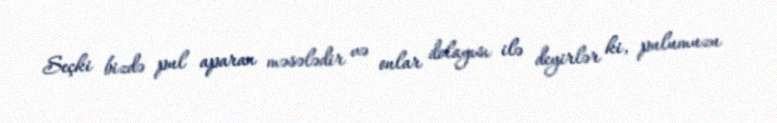
Seçki bizdə pul aparan məsələdir və onlar dolayısı ilə deyirlər ki, pulumuzu